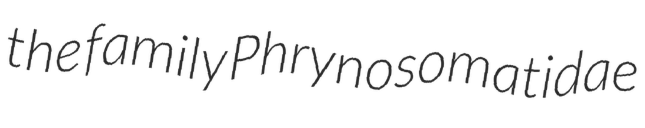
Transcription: the family Phrynosomatidae